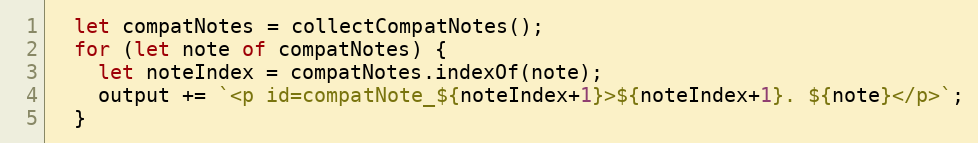
Language: JavaScript
  let compatNotes = collectCompatNotes();
  for (let note of compatNotes) {
    let noteIndex = compatNotes.indexOf(note);
    output += `<p id=compatNote_${noteIndex+1}>${noteIndex+1}. ${note}</p>`;
  }